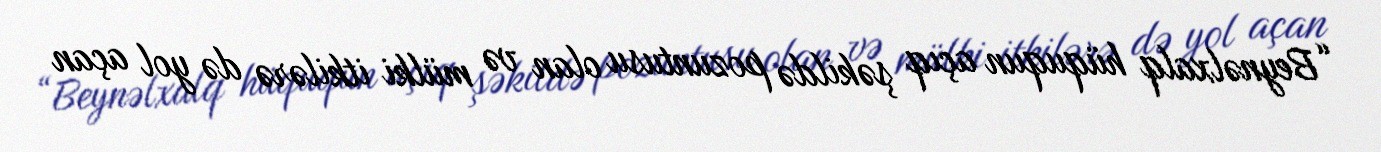
“Beynəlxalq hüququn açıq şəkildə pozuntusu olan və mülki itkilərə də yol açan